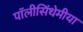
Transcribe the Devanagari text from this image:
पॉलीसिंथेमीया